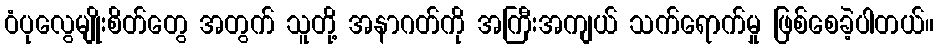
ဝံပုလွေမျိုးစိတ်တွေ အတွက် သူတို့ အနာဂတ်ကို အကြီးအကျယ် သက်ရောက်မှု ဖြစ်စေခဲ့ပါတယ်။